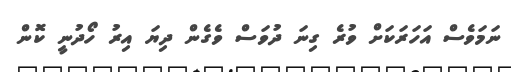
ނަމަވެސް އަހަރަކަށް ވުރެ ގިނަ ދުވަސް ވެގެން ދިޔަ އިރު ހޯދުނީ ކޮން